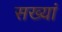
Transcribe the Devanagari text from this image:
सख्यां